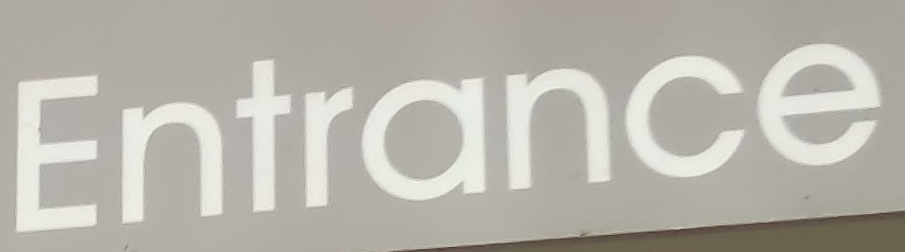
Entrance